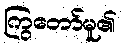
ကြွတော်မူ၏